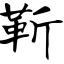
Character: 靳